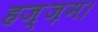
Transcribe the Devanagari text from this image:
हज़्ज़म।